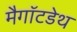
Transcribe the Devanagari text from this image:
मैगॉटडेथ